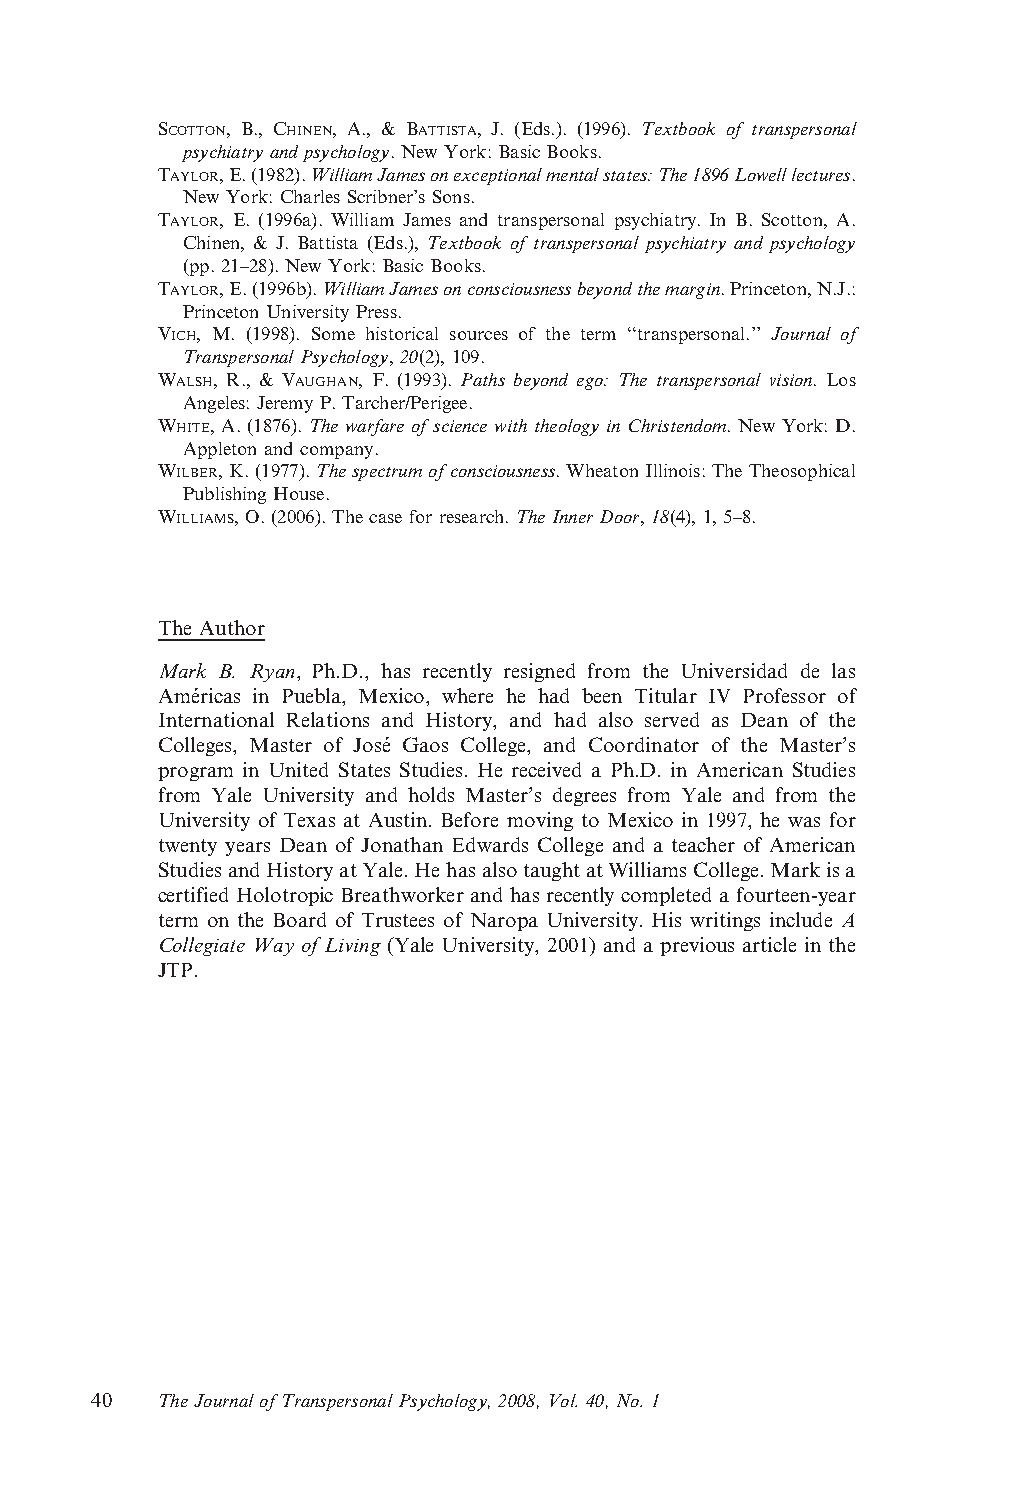
SCOTTON, B., CHINEN, A., & BATTISTA, J. (Eds.). (1996). Textbook of transpersonal
 psychiatry andpsychology. New York: BasicBooks.
 TAYLOR,E.(1982).WilliamJamesonexceptionalmentalstates:The1896Lowelllectures.
 New York: Charles Scribner’sSons.
 TAYLOR, E. (1996a). William James and transpersonal psychiatry. In B. Scotton, A.
 Chinen, & J. Battista (Eds.), Textbook of transpersonal psychiatry and psychology
 (pp. 21–28). New York:Basic Books.
 TAYLOR,E.(1996b).WilliamJamesonconsciousnessbeyondthemargin.Princeton,N.J.:
 Princeton University Press.
 VICH, M. (1998). Some historical sources of the term ‘‘transpersonal.’’ Journal of
 Transpersonal Psychology, 20(2),109.
 WALSH, R., & VAUGHAN, F. (1993). Paths beyond ego: The transpersonal vision. Los
 Angeles: Jeremy P.Tarcher/Perigee.
 WHITE, A. (1876). The warfare of science with theology in Christendom. New York: D.
 Appleton andcompany.
 WILBER,K.(1977).Thespectrumofconsciousness.WheatonIllinois:TheTheosophical
 Publishing House.
 WILLIAMS, O.(2006). Thecasefor research.The Inner Door,18(4),1, 5–8.
 The Author
 Mark B. Ryan, Ph.D., has recently resigned from the Universidad de las
 Ame´ricas in Puebla, Mexico, where he had been Titular IV Professor of
 International Relations and History, and had also served as Dean of the
 Colleges, Master of Jose´ Gaos College, and Coordinator of the Master’s
 program in United States Studies. He received a Ph.D. in American Studies
 from Yale University and holds Master’s degrees from Yale and from the
 University of Texas at Austin. Before moving to Mexico in 1997, he was for
 twenty years Dean of Jonathan Edwards College and a teacher of American
 StudiesandHistoryatYale.HehasalsotaughtatWilliamsCollege.Markisa
 certified Holotropic Breathworker and has recentlycompleted a fourteen-year
 term on the Board of Trustees of Naropa University. His writings include A
 Collegiate Way of Living (Yale University, 2001) and a previous article in the
 JTP.
 40  TheJournal ofTranspersonal Psychology,2008, Vol. 40,No. 1